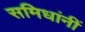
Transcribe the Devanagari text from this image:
समिधांनीं